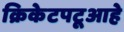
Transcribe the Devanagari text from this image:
क्रिकेटपटूआहे